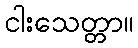
ငါးသေတ္တာ။